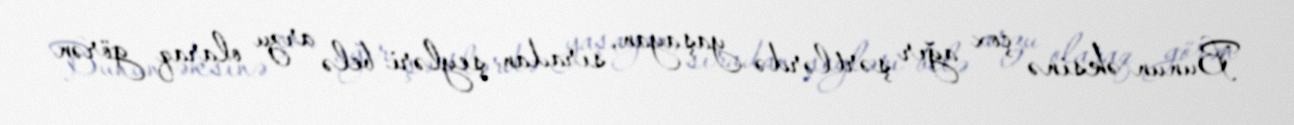
Bunun əksinə çox ağır şərtlərdə yaşayan, sıradan şeyləri belə arzu olaraq görən